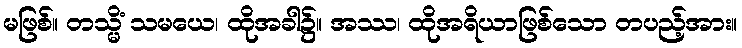
မဖြစ်။ တသ္မိံ သမယေ၊ ထိုအခါ၌။ အဿ၊ ထိုအရိယာဖြစ်သော တပည့်အား။